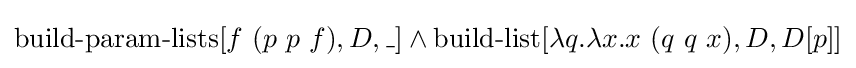
\operatorname {build-param-lists} [f\ (p\ p\ f),D,\_]\land \operatorname {build-list} [\lambda q.\lambda x.x\ (q\ q\ x),D,D[p]]